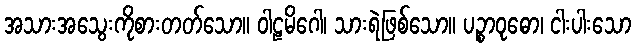
အသားအသွေးကိုစားတတ်သော။ ဝါဠမိဂေါ၊ သားရဲဖြစ်သော။ ပဉ္စာဝုဓော၊ ငါးပါးသော